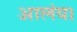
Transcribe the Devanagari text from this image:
आलंय।